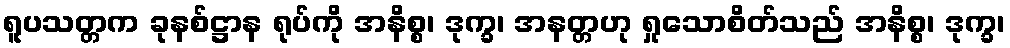
ရူပသတ္တက ခုနစ်ဋ္ဌာန ရုပ်ကို အနိစ္စ၊ ဒုက္ခ၊ အနတ္တဟု ရှုသောစိတ်သည် အနိစ္စ၊ ဒုက္ခ၊